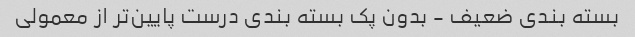
بسته بندی ضعیف - بدون پک بسته بندی درست پایین‌تر از معمولی